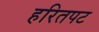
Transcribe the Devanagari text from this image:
हरितपट